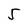
Character: 5